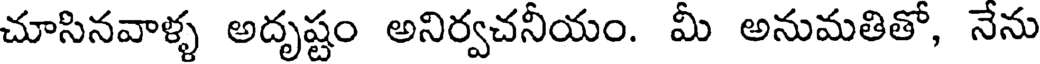
చూసినవాళ్ళ అదృష్టం అనిర్వచనీయం. మీ అనుమతితో, నేను